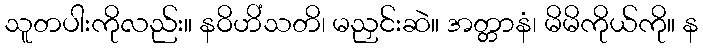
သူတပါးကိုလည်း။ နဝိဟိံသတိ၊ မညှင်းဆဲ။ အတ္တာနံ၊ မိမိကိုယ်ကို။ န